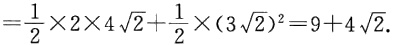
$=\frac{1}{2}\times 2\times 4\sqrt{2}+\frac{1}{2}\times(3\sqrt{2})^{2}=9 + 4\sqrt{2}.$